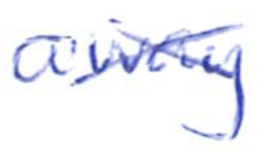
Text: away
Cross-out: cross
Writing tool: ballpoint